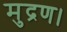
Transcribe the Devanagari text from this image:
मुद्रण।